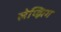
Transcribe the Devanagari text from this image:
लेप्झिग